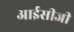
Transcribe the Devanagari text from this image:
आईसीजी